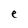
Character: e